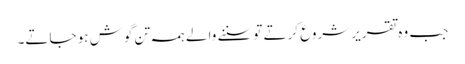
جب و ہ تقریر شروع کرتے تو سننے والے ہمہ تن گوش ہو جاتے۔